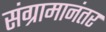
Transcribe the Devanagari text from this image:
संग्रामानंतर